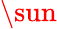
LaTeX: \sun